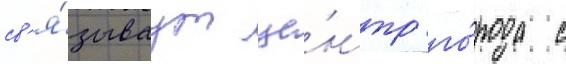
св'я́зываут це́нтр го́рода с